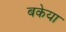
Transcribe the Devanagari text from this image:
बकेया